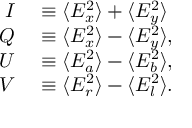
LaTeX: \begin{array} { r l } { I } & { { } \equiv \langle E _ { x } ^ { 2 } \rangle + \langle E _ { y } ^ { 2 } \rangle } \\ { Q } & { { } \equiv \langle E _ { x } ^ { 2 } \rangle - \langle E _ { y } ^ { 2 } \rangle , } \\ { U } & { { } \equiv \langle E _ { a } ^ { 2 } \rangle - \langle E _ { b } ^ { 2 } \rangle , } \\ { V } & { { } \equiv \langle E _ { r } ^ { 2 } \rangle - \langle E _ { l } ^ { 2 } \rangle . } \end{array}